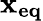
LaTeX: \mathbf{x_{eq}}